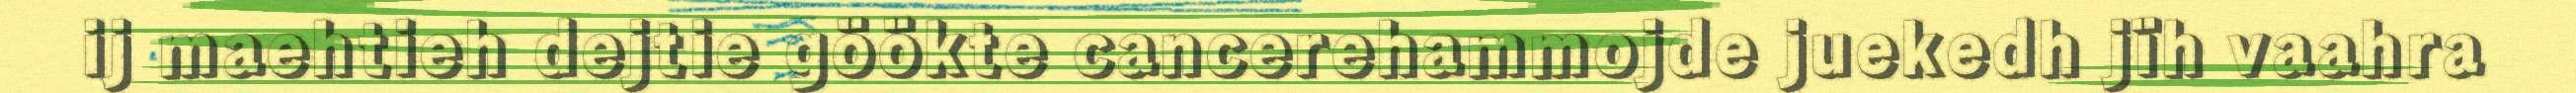
ij maehtieh dejtie göökte cancerehammojde juekedh jïh vaahra